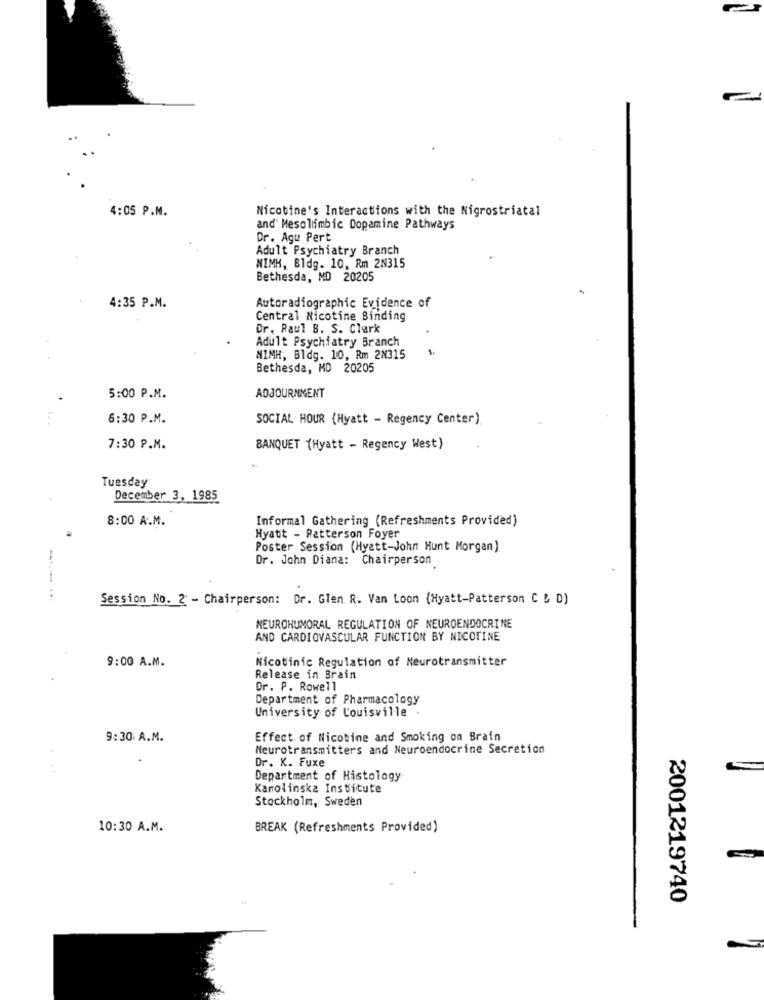
4:05 P.M.
Nicotine's Interactions with the Nigrostriatal
and' Mesolimbic Dopamine Pathways
Dr. Agu Pert
Adult Psychiatry Branch
MIMK, Bldg. 10, Rm 2N315
Bethesda, MD 20205
4:35 P.M.
Autoradiographic Evidence of
Central Nicotine Binding
Dr. Raul B. S. Clark
Adult Psychiatry Branch
NIMH, Bldg. 10, Rm 2N315
Bethesda, MD 20205
5:00 P.M.
ADJOURNMENT
6:30 P.M.
SOCIAL HOUR (Hyatt - Regency Center)
7:30 P.M.
BANQUET (Hyatt - Regency West)
Tuesday
December 3, 1985
8:00 A.M.
Informal Gathering (Refreshments Provided)
Hyatt - Patterson Foyer
Poster Session (Hyatt-John Hunt Morgan)
Dr. John Diana: Chairperson
Session No. 2 - Chairperson: Dr. Glen R. Van Loon (Hyatt-Patterson C & D)
NEUROHUMORAL REGULATION OF NEUROENDOCRINE
AND CARDIOVASCULAR FUNCTION BY NICOTINE
9:00 A.M.
Nicotinic Regulation of Neurotransmitter
Release in Brain
Or. P. Rowell
Department of Pharmacology
University of Louisville .
9:30 A.M.
Effect of Nicotine and Smoking on Brain
Neurotransmitters and Neuroendocrine Secretion
Dr. K. Fuxe
Department of Histology
Karolinska Institute
Stockholm, Sweden
10:30 A.M.
BREAK (Refreshments Provided)
2001219740